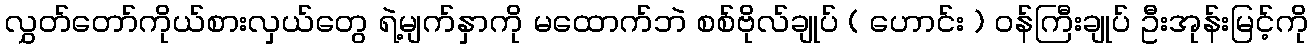
လွှတ်တော်ကိုယ်စားလှယ်တွေ ရဲ့မျက်နှာကို မထောက်ဘဲ စစ်ဗိုလ်ချုပ် ( ဟောင်း ) ဝန်ကြီးချုပ် ဦးအုန်းမြင့်ကို